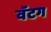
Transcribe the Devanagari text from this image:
वॅटग